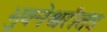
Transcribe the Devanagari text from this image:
भुवनेश्वरीतंत्र